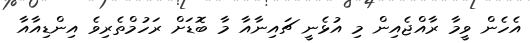
އެހެން ވީމާ ރާއްޖެއިން މި އުޅެނީ ޗައިނާއާ މާ ބޮޑަށް ރަހުމްތެރިވެ އިންޑިއާއާ